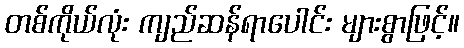
တစ်ကိုယ်လုံး ကျည်ဆန်ရာပေါင်း များစွာဖြင့်။